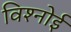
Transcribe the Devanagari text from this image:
विश्‍नोई